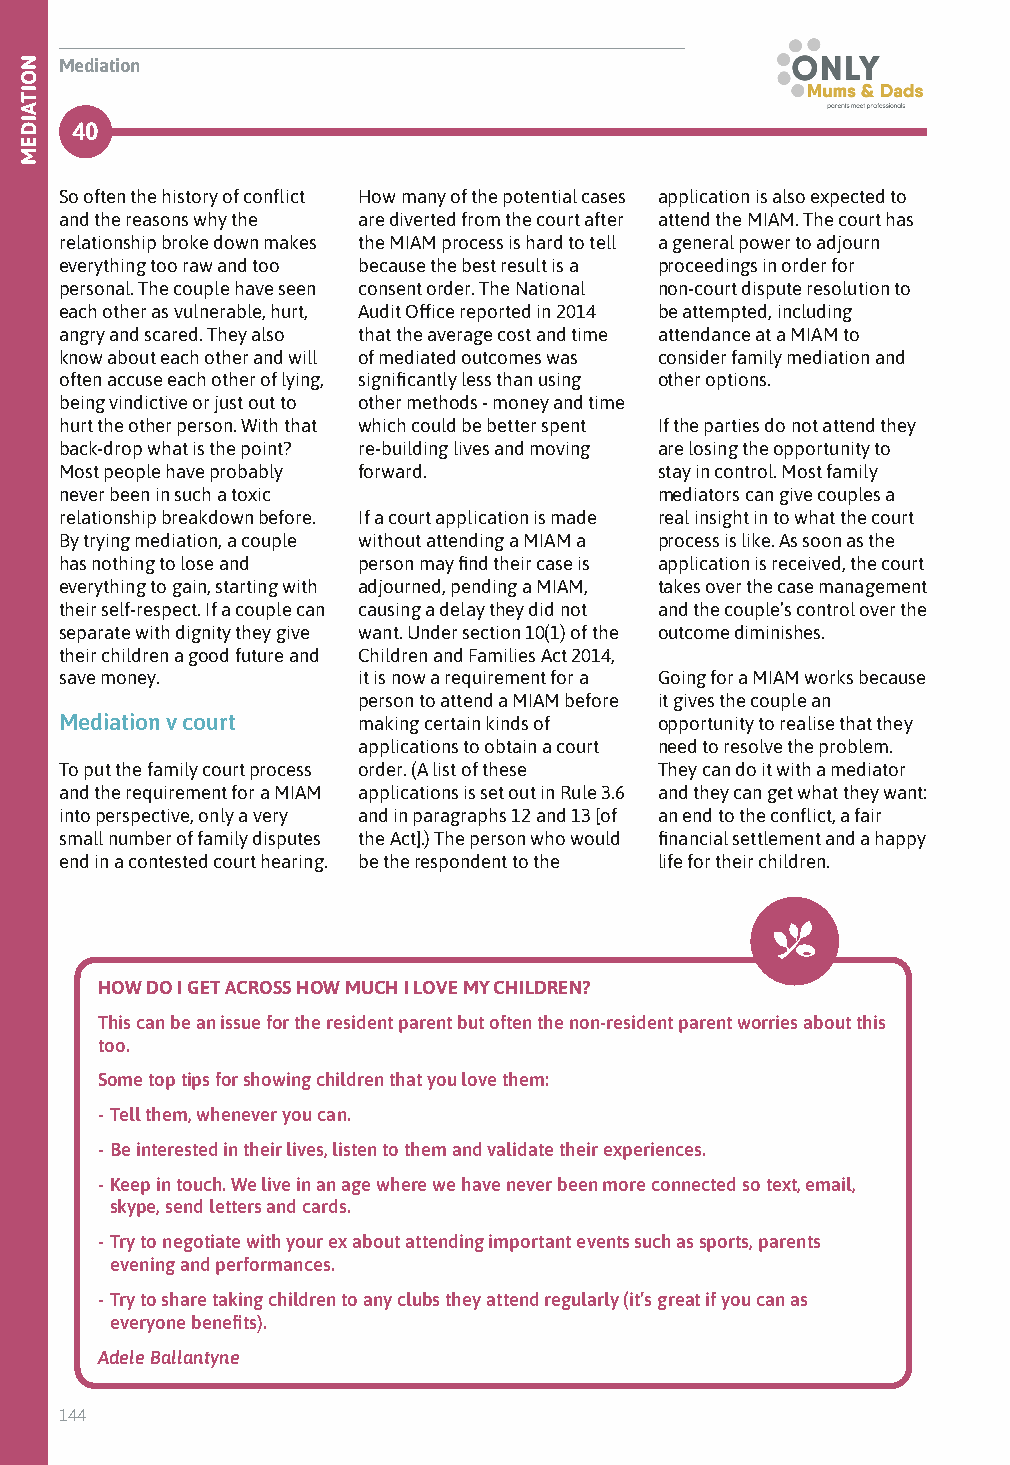
Mediation
 40
 So often the history of conflict How many of the potential cases application is also expected to
 and the reasons why the are diverted from the court after attend the MIAM. The court has
 relationship broke down makes the MIAM process is hard to tell a general power to adjourn
 everything too raw and too because the best result is a proceedings in order for
 personal. The couple have seen consent order. The National non-court dispute resolution to
 each other as vulnerable, hurt, Audit Office reported in 2014 be attempted, including
 angry and scared. They also that the average cost and time attendance at a MIAM to
 know about each other and will of mediated outcomes was consider family mediation and
 often accuse each other of lying, significantly less than using other options.
 being vindictive or just out to other methods - money and time
 hurt the other person. With that which could be better spent If the parties do not attend they
 back-drop what is the point? re-building lives and moving are losing the opportunity to
 Most people have probably forward.      stay in control. Most family
 never been in such a toxic              mediators can give couples a
 relationship breakdown before. If a court application is made real insight in to what the court
 By trying mediation, a couple without attending a MIAM a process is like. As soon as the
 has nothing to lose and person may find their case is application is received, the court
 everything to gain, starting with adjourned, pending a MIAM, takes over the case management
 their self-respect. If a couple can causing a delay they did not and the couple’s control over the
 separate with dignity they give want. Under section 10(1) of the outcome diminishes.
 their children a good future and Children and Families Act 2014,
 save money.         it is now a requirement for a Going for a MIAM works because
 person to attend a MIAM before it gives the couple an
 Mediation v court   making certain kinds of opportunity to realise that they
 applications to obtain a court need to resolve the problem.
 To put the family court process order. (A list of these They can do it with a mediator
 and the requirement for a MIAM applications is set out in Rule 3.6 and they can get what they want:
 into perspective, only a very and in paragraphs 12 and 13 [of an end to the conflict, a fair
 small number of family disputes the Act].) The person who would financial settlement and a happy
 end in a contested court hearing. be the respondent to the life for their children.
 HOW DO I GET ACROSS HOW MUCH I LOVE MY CHILDREN?
 This can be an issue for the resident parent but often the non-resident parent worries about this
 too.
 Some top tips for showing children that you love them:
 - Tell them, whenever you can.
 - Be interested in their lives, listen to them and validate their experiences.
 - Keep in touch. We live in an age where we have never been more connected so text, email,
 skype, send letters and cards.
 - Try to negotiate with your ex about attending important events such as sports, parents
 evening and performances.
 - Try to share taking children to any clubs they attend regularly (it’s great if you can as
 everyone benefits).
 Adele Ballantyne
 144
 NOITAIDEM